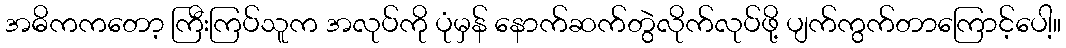
အဓိကကတော့ ကြီးကြပ်သူက အလုပ်ကို ပုံမှန် နောက်ဆက်တွဲလိုက်လုပ်ဖို့ ပျက်ကွက်တာကြောင့်ပေါ့။